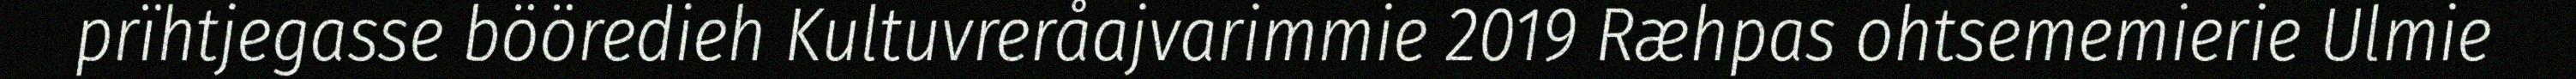
prïhtjegasse bööredieh Kultuvreråajvarimmie 2019 Ræhpas ohtsememierie Ulmie